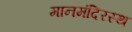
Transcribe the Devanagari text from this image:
मानमंदिरस्थ